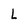
Character: L